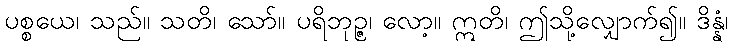
ပစ္စယေ၊ သည်။ သတိ၊ သော်။ ပရိဘုဉ္ဇ၊ လော့။ ဣတိ၊ ဤသို့လျှောက်၍။ ဒိန္နံ၊